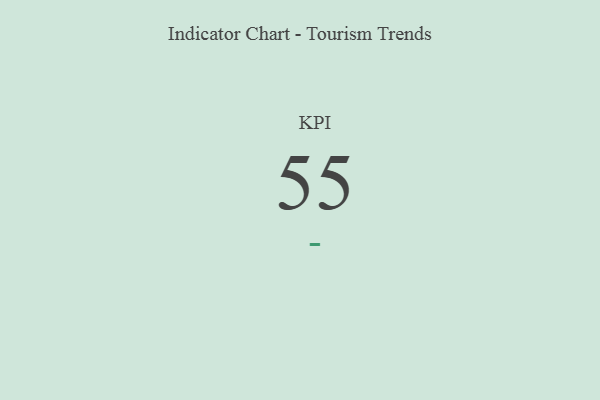
{"axis": {"x": "KPI", "y": "Value"}, "legend": [""], "data": [{"x": "KPI", "y": 55, "type": ""}]}